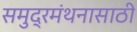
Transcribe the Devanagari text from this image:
समुद्रमंथनासाठी